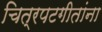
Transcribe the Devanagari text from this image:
चित्रपटगीतांना